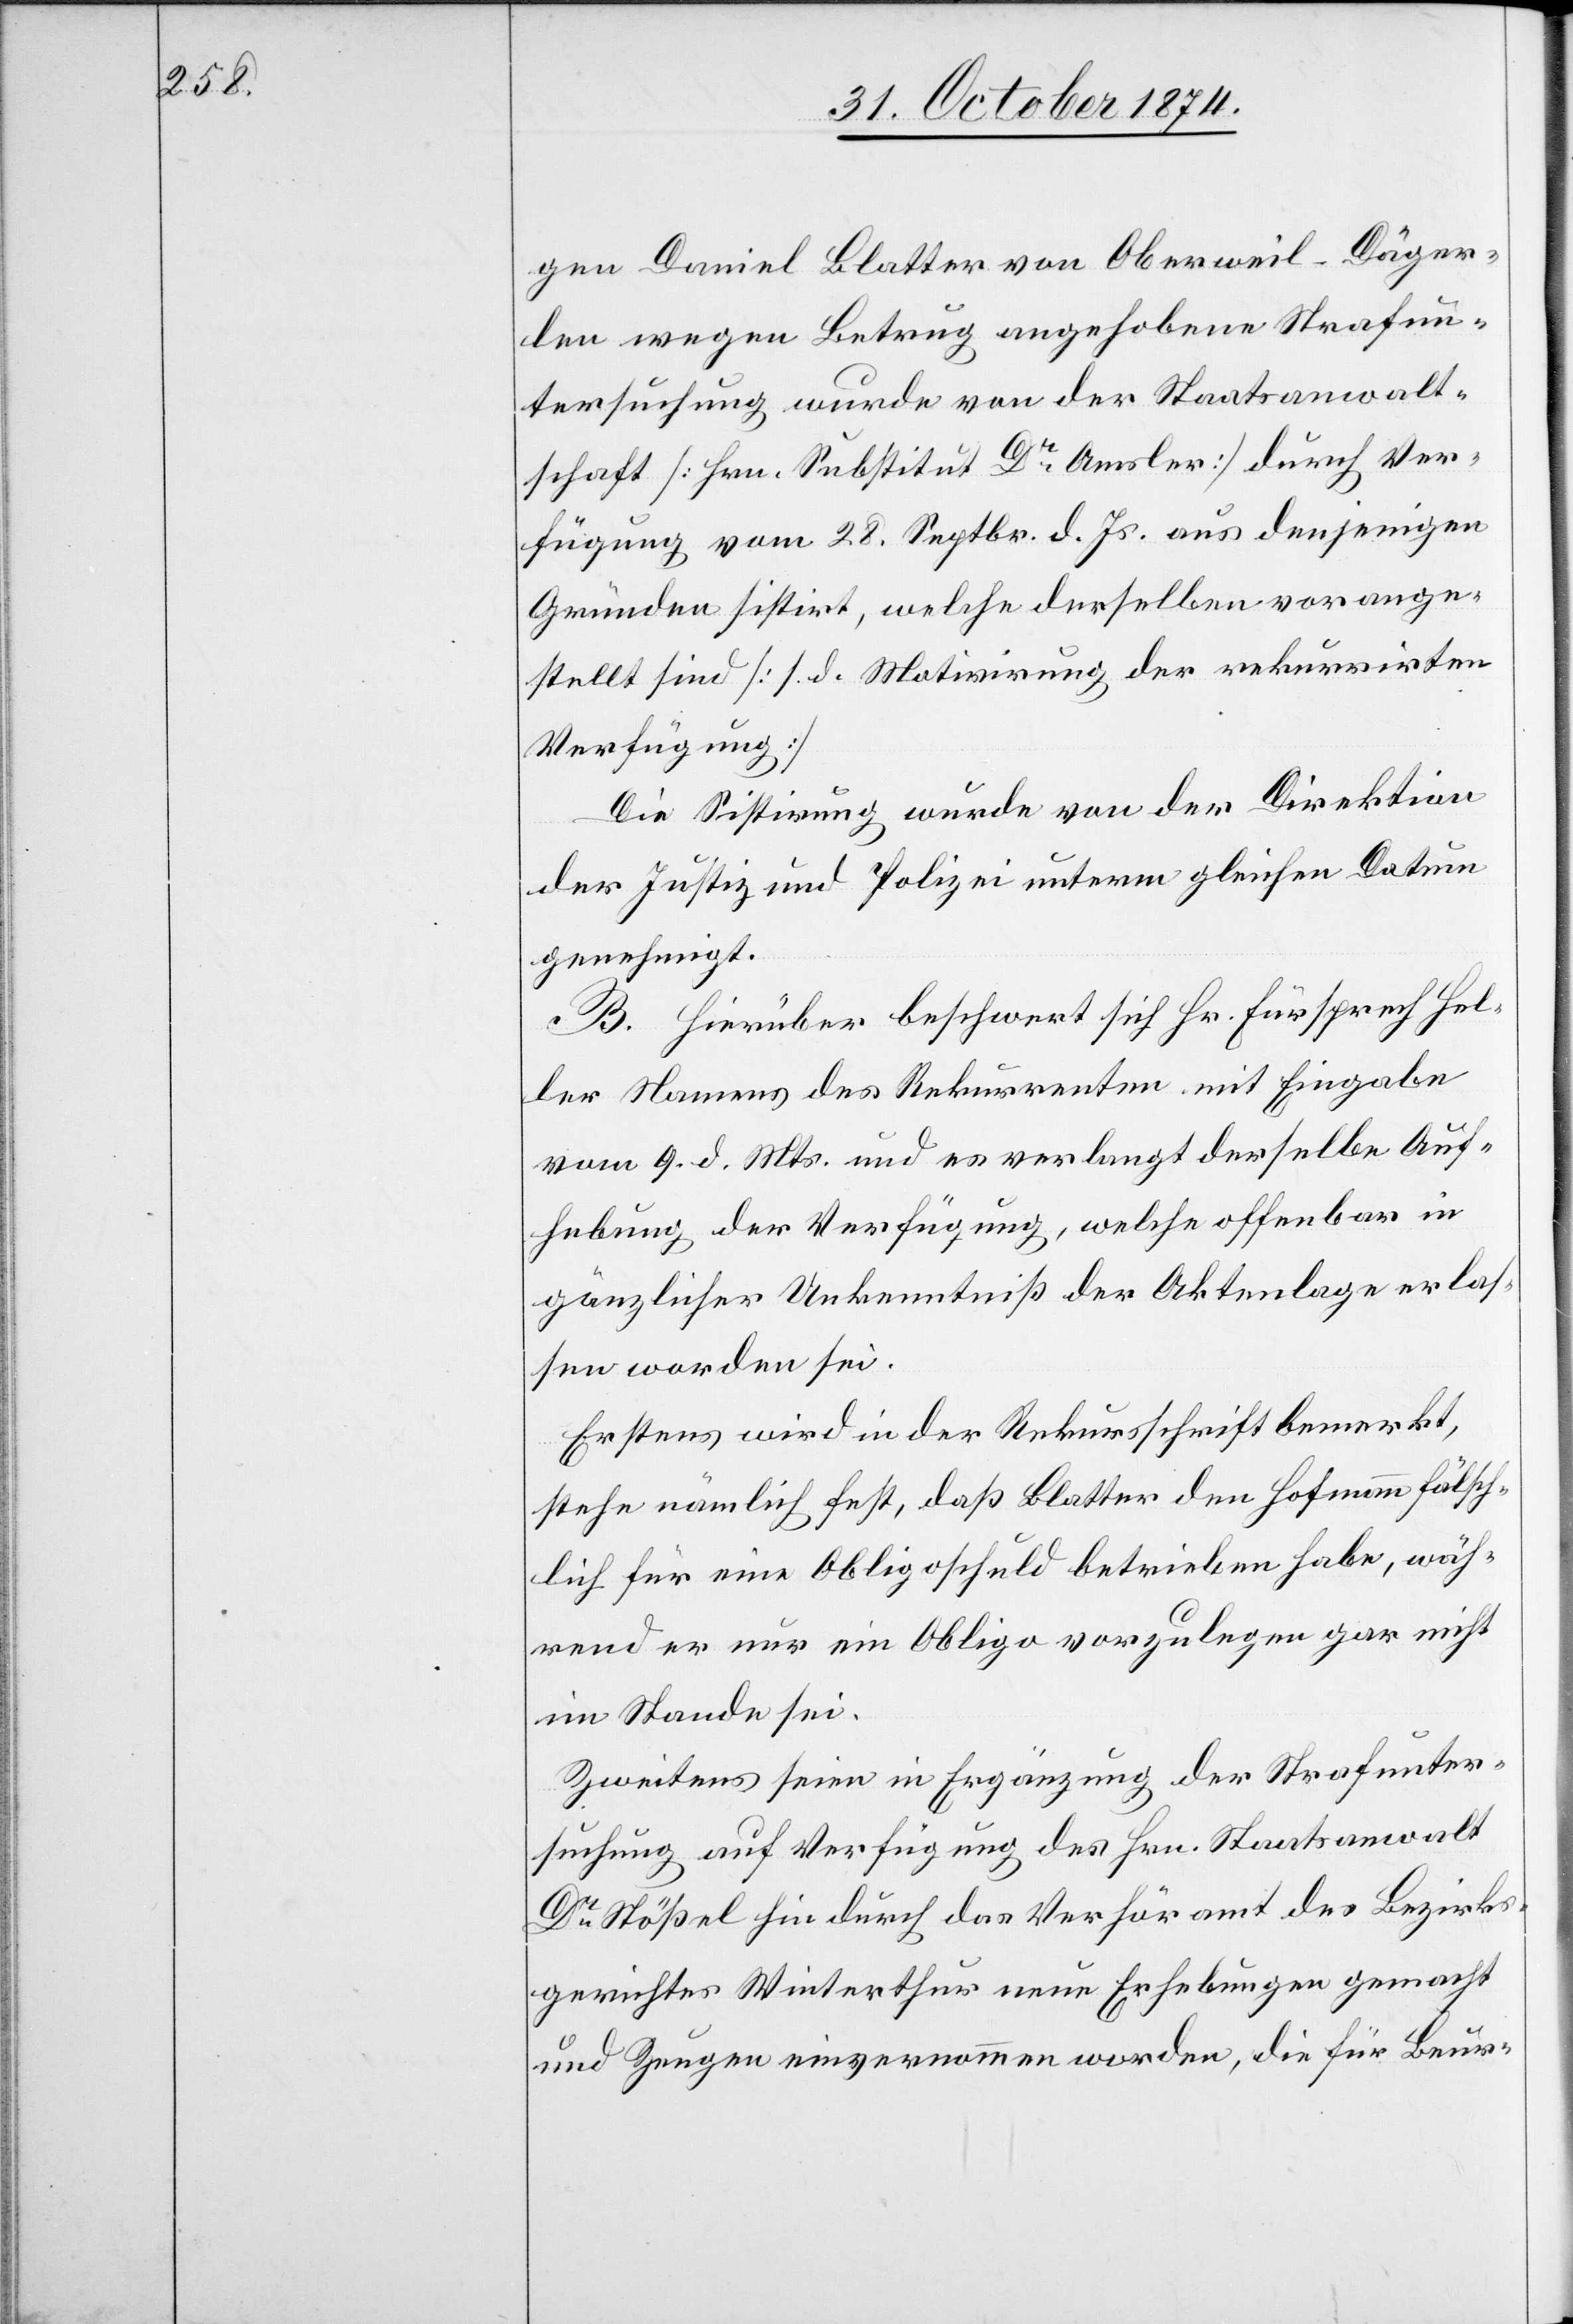
schaft

gen Daniel Blatter von Oberweil-Däger¬
len wegen Betrug angehobene Strafun¬
tersuchung wurde von der Staatsanwalt¬
schaft [Hrn. Substitut Dr Amsler] durch Ver¬
fügung vom 28. Septbr. d. Js. aus denjenigen
Gründen sistirt, welche derselben vorange¬
stellt sind [s. d. Motivirung der rekurrirten
Verfügung]
Die Sistirung wurde von der Direktion
der Justiz und Polizei unterm gleichen Datum
genehmigt.
B. Hierüber beschwert sich Hr. Fürsprech Hel¬
ler Namens des Rekurrenten mit Eingabe
vom 9. d. Mts. und es verlangt derselbe Auf¬
hebung der Verfügung, welche offenbar in
gänzlicher Unkenntniß der Aktenlage erlas¬
sen worden sei.
Erstens wird in der Rekursschrift bemerkt,
stehe nämlich fest, daß Blatter den Hofmann fälsch¬
lich für eine Obligoschuld betrieben habe, wäh¬
rend er nur ein Obligo vorzulegen gar nicht
im Stande sei.
Zweitens seien in Ergänzung der Strafunter¬
suchung auf Verfügung des Hrn. Staatsanwalt¬
Dr Stößel hin durch das Verhöramt des Bezirks¬
gerichtes Winterthur neue Erhebungen gemacht
und Zeugen einvernommen worden, die für Beur-